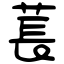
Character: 萇